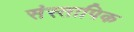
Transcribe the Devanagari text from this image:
संस्तापिक